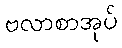
ဗလာစာအုပ်